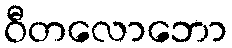
ဝီတလောဘော